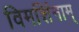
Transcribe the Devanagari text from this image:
विमर्शिनाम्